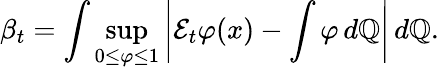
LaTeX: \beta_{t}=\int\operatorname*{sup}_{0\leq\varphi\leq 1}\left|{\mathcal{E}}_{t}\varphi(x)-\int\varphi\, d\mathbb{Q}\right|\, d\mathbb{Q}.